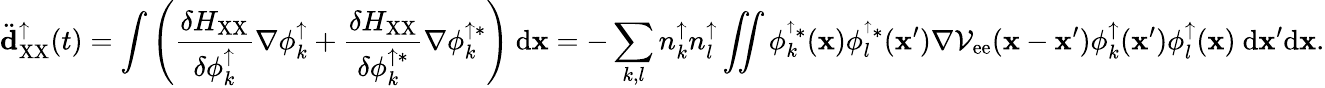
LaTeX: \ddot{\mathbf d}_{\mathrm{XX}}^{\uparrow}(t)=\int{\left(\frac{\delta H_{\mathrm{XX}}}{\delta\phi_{k}^{\uparrow}}\nabla\phi_{k}^{\uparrow}+\frac{\delta H_{\mathrm{XX}}}{\delta\phi_{k}^{\uparrow*}}\nabla\phi_{k}^{\uparrow*}\right)\ \mathrm{d}{\mathbf x}}=-\sum_{k,l}{n_{k}^{\uparrow}n_{l}^{\uparrow}\iint{\phi_{k}^{^\uparrow*}({\mathbf x})\phi_{l}^{^\uparrow*}({\mathbf x}^{\prime})\nabla{\cal V}_{\mathrm{ee}}({\mathbf x}-{\mathbf x}^{\prime})\phi_{k}^{\uparrow}({\mathbf x}^{\prime})\phi_{l}^{\uparrow}({\mathbf x})\ \mathrm{d}{\mathbf x}^{\prime}\mathrm{d}{\mathbf x}}}.